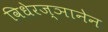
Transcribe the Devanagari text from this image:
विधेरज्ञानेन